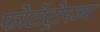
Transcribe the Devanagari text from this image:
फोटॉट्रोपज्म